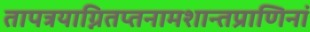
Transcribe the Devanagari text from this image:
तापत्रयाग्नितप्तनामशान्तप्राणिनां